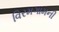
વિરમગામની